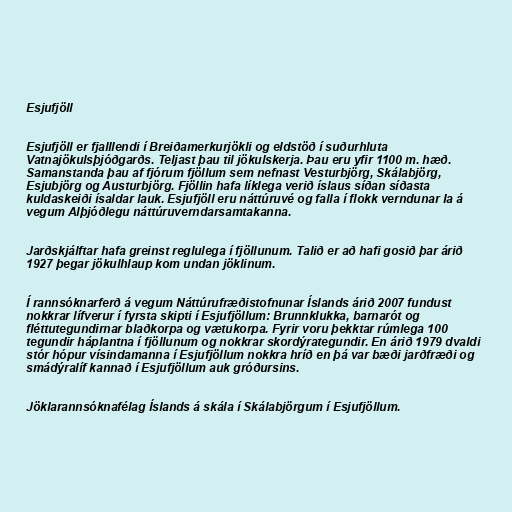
Esjufjöll

Esjufjöll er fjalllendi í Breiðamerkurjökli og eldstöð í suðurhluta
Vatnajökulsþjóðgarðs. Teljast þau til jökulskerja. Þau eru yfir 1100 m. hæð.
Samanstanda þau af fjórum fjöllum sem nefnast Vesturbjörg, Skálabjörg,
Esjubjörg og Austurbjörg. Fjöllin hafa líklega verið íslaus síðan síðasta
kuldaskeiði ísaldar lauk. Esjufjöll eru náttúruvé og falla í flokk verndunar Ia á
vegum Alþjóðlegu náttúruverndarsamtakanna.

Jarðskjálftar hafa greinst reglulega í fjöllunum. Talið er að hafi gosið þar árið
1927 þegar jökulhlaup kom undan jöklinum.

Í rannsóknarferð á vegum Náttúrufræðistofnunar Íslands árið 2007 fundust
nokkrar lífverur í fyrsta skipti í Esjufjöllum: Brunnklukka, barnarót og
fléttutegundirnar blaðkorpa og vætukorpa. Fyrir voru þekktar rúmlega 100
tegundir háplantna í fjöllunum og nokkrar skordýrategundir. En árið 1979 dvaldi
stór hópur vísindamanna í Esjufjöllum nokkra hríð en þá var bæði jarðfræði og
smádýralíf kannað í Esjufjöllum auk gróðursins.

Jöklarannsóknafélag Íslands á skála í Skálabjörgum í Esjufjöllum.